Relation of titanus [i.e. tetanus] to the hypodermic or intramuscular injection of quinine - Number 43
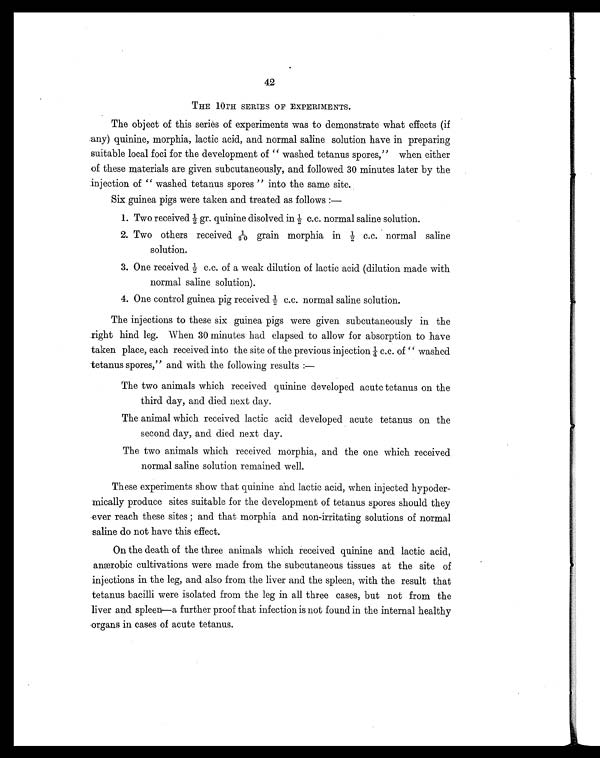
42
THE 10TH SERIES OF EXPERIMENTS.
The object of this series of experiments was to demonstrate what effects (if
any) quinine, morphia, lactic acid, and normal saline solution have in preparing
suitable local foci for the development of "washed tetanus spores," when either
of these materials are given subcutaneously, and followed 30 minutes later by the
injection of "washed tetanus spores" into the same site.
Six guinea pigs were taken and treated as follows:
—
1. Two received ½ gr. quinine disolved in ½ c.c. normal saline solution.
2. Two others received 1/20 grain morphia in ½ c.c. normal saline
solution.
3. One received ½ c.c. of a weak dilution of lactic acid (dilution made with
normal saline solution).
4. One control guinea pig received ½ c.c. normal saline solution.
The injections to these six guinea pigs were given subcutaneously in the
right hind leg. When 30 minutes had elapsed to allow for absorption to have
taken place, each received into the site of the previous injection ¼ c.c. of "washed
tetanus spores," and with the following results:
—
The two animals which received quinine developed acute tetanus on the
third day, and died next day.
The animal which received lactic acid developed acute tetanus on the
second day, and died next day.
The two animals which received morphia, and the one which received
normal saline solution remained well.
These experiments show that quinine and lactic acid, when injected hypoder-
mically produce sites suitable for the development of tetanus spores should they
ever reach these sites ; and that morphia and non-irritating solutions of normal
saline do not have this effect.
On the death of the three animals which received quinine and lactic acid,
anærobic cultivations were made from the subcutaneous tissues at the site of
injections in the leg, and also from the liver and the spleen, with the result that
tetanus bacilli were isolated from the leg in all three cases, but not from the
liver and spleen—a further proof that infection is not found in the internal healthy
organs in cases of acute tetanus.